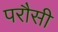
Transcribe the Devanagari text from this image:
परौसी